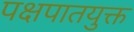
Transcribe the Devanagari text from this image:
पक्षपातयुक्त